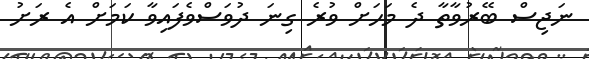
ނަޖިސް ބޭރުވާތާ ދެ މަހަށް ވުރެ ގިނަ ދުވަސްވެފައިވާ ކަމަށް އެ ރަށު